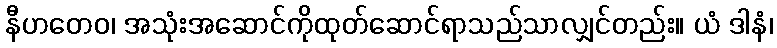
နီဟတေဝ၊ အသုံးအဆောင်ကိုထုတ်ဆောင်ရာသည်သာလျှင်တည်း။ ယံ ဒါနံ၊